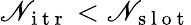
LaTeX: \mathscr{N}_{\mathrm{{~i~t~r~}}}<\mathscr{N}_{\mathrm{{~s~l~o~t~}}}